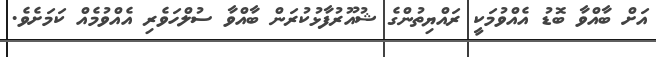
އަށް ބާއްވާ ބޮޑު އެއްވުމަކީ ރައްޔިތުންގެ ޝުއޫރުފާޅުކުރަން ބާއްވާ ސުލްހަވެރި އެއްވުމެއް ކަމަށެވެ.